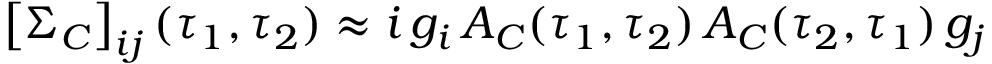
\left[ \Sigma _ { C } \right] _ { i j } ( \tau _ { 1 } , \tau _ { 2 } ) \approx i \, g _ { i } \, A _ { C } ( \tau _ { 1 } , \tau _ { 2 } ) \, A _ { C } ( \tau _ { 2 } , \tau _ { 1 } ) \, g _ { j }